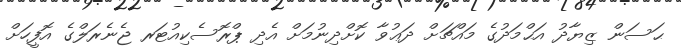
ޙަސަން ޒިޔާދު އަޙްމަދުގެ މައްޗަށް ދަޢުވާ ކޮށްދިނުމަށް އެދި ޕްރޮސެކިއުޓަރ ޖެނެރަލްގެ އޮފީހަށް